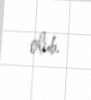
olub.